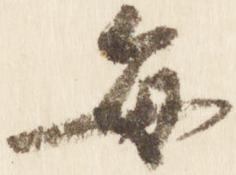
毎